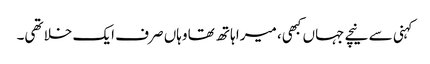
کہنی سے نیچے جہاں کبھی، میرا ہاتھ تھا وہاں صرف ایک خلا تھی۔